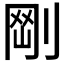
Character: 𠝾